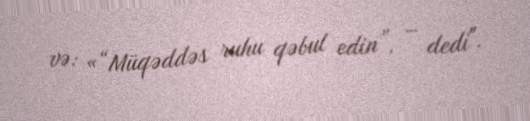
və: «“Müqəddəs ruhu qəbul edin”, – dedi".